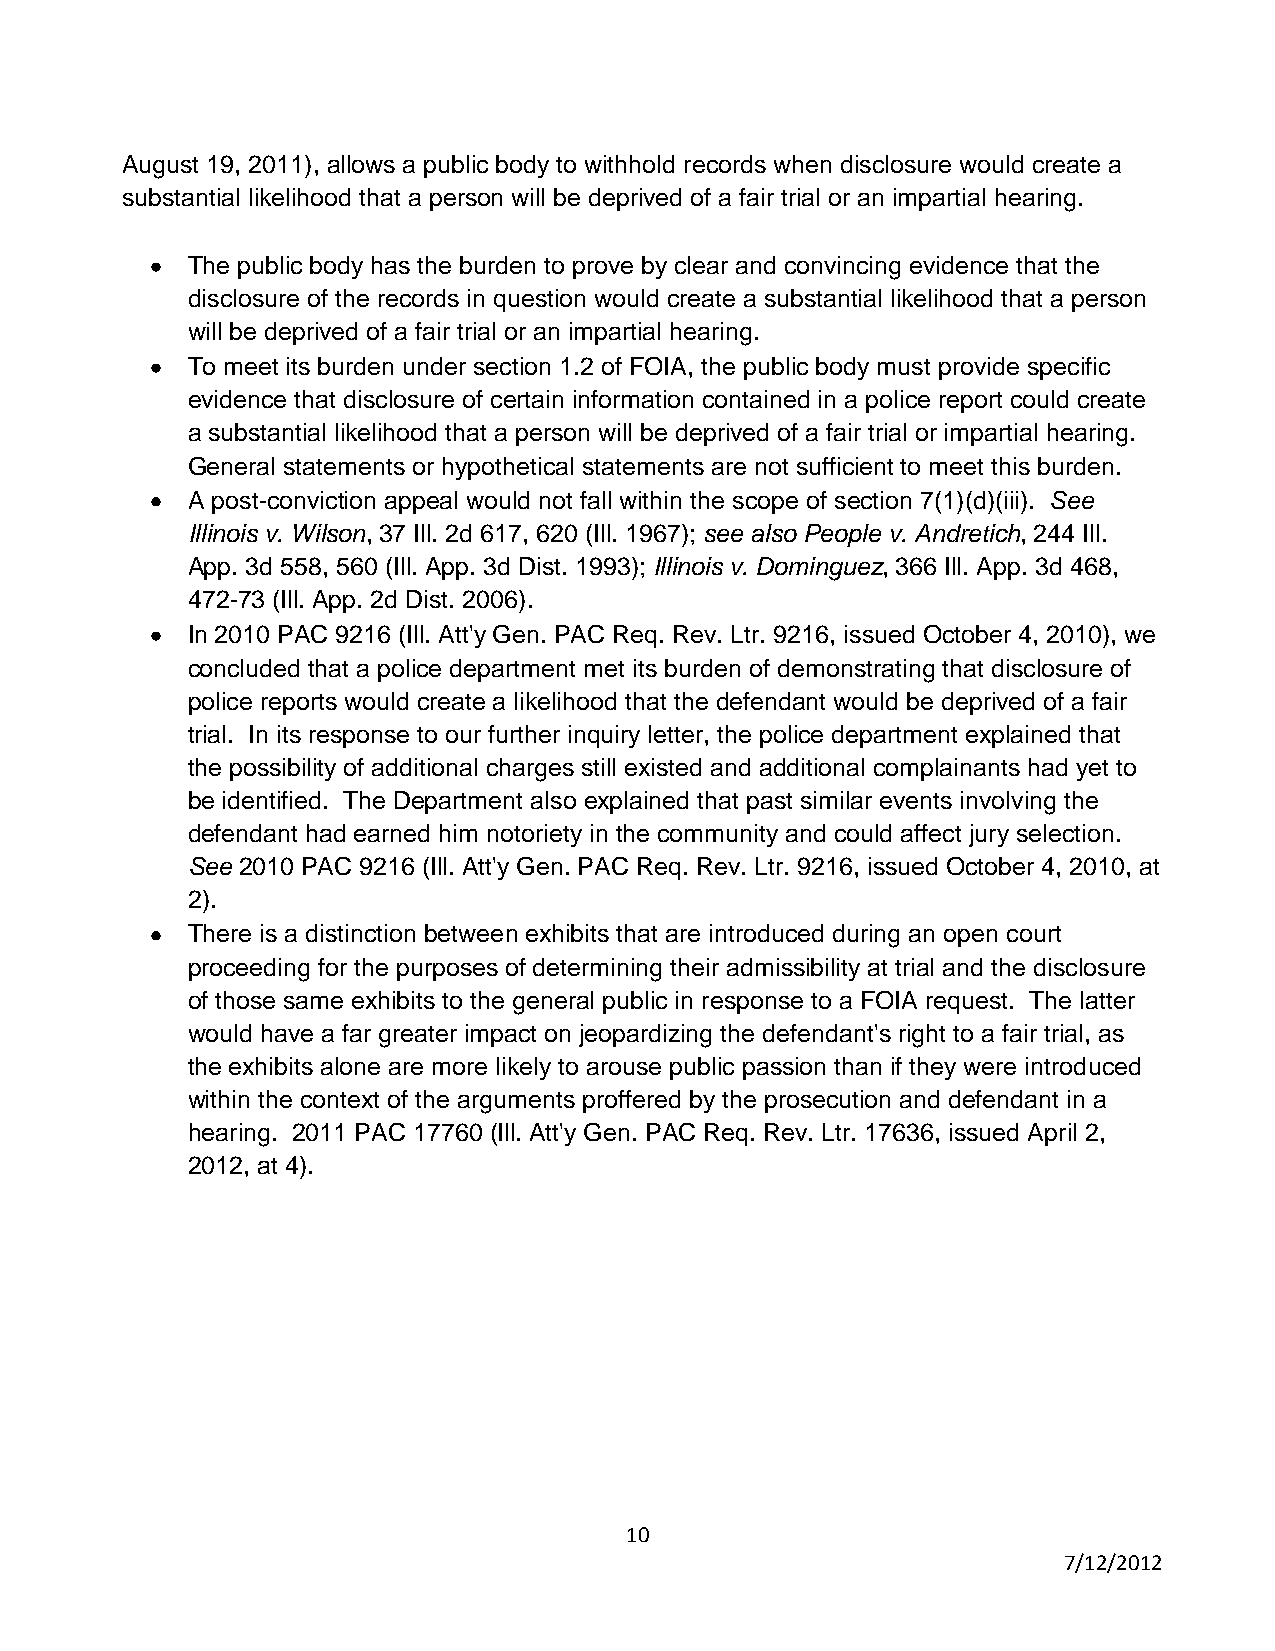
August 19, 2011), allows a public body to withhold records when disclosure would create a
 substantial likelihood that a person will be deprived of a fair trial or an impartial hearing.
 The public body has the burden to prove by clear and convincing evidence that the
 disclosure of the records in question would create a substantial likelihood that a person
 will be deprived of a fair trial or an impartial hearing.
 To meet its burden under section 1.2 of FOIA, the public body must provide specific
 evidence that disclosure of certain information contained in a police report could create
 a substantial likelihood that a person will be deprived of a fair trial or impartial hearing.
 General statements or hypothetical statements are not sufficient to meet this burden.
 A post-conviction appeal would not fall within the scope of section 7(1)(d)(iii). See
 Illinois v. Wilson, 37 Ill. 2d 617, 620 (Ill. 1967); see also People v. Andretich, 244 Ill.
 App. 3d 558, 560 (Ill. App. 3d Dist. 1993); Illinois v. Dominguez, 366 Ill. App. 3d 468,
 472-73 (Ill. App. 2d Dist. 2006).
 In 2010 PAC 9216 (Ill. Att'y Gen. PAC Req. Rev. Ltr. 9216, issued October 4, 2010), we
 concluded that a police department met its burden of demonstrating that disclosure of
 police reports would create a likelihood that the defendant would be deprived of a fair
 trial. In its response to our further inquiry letter, the police department explained that
 the possibility of additional charges still existed and additional complainants had yet to
 be identified. The Department also explained that past similar events involving the
 defendant had earned him notoriety in the community and could affect jury selection.
 See 2010 PAC 9216 (Ill. Att'y Gen. PAC Req. Rev. Ltr. 9216, issued October 4, 2010, at
 2).
 There is a distinction between exhibits that are introduced during an open court
 proceeding for the purposes of determining their admissibility at trial and the disclosure
 of those same exhibits to the general public in response to a FOIA request. The latter
 would have a far greater impact on jeopardizing the defendant's right to a fair trial, as
 the exhibits alone are more likely to arouse public passion than if they were introduced
 within the context of the arguments proffered by the prosecution and defendant in a
 hearing. 2011 PAC 17760 (Ill. Att'y Gen. PAC Req. Rev. Ltr. 17636, issued April 2,
 2012, at 4).
 10
 7/12/2012